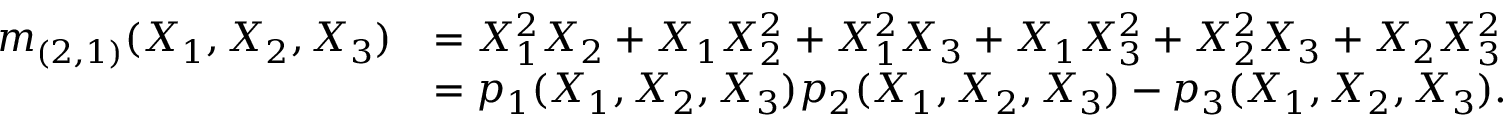
{ \begin{array} { r l } { m _ { ( 2 , 1 ) } ( X _ { 1 } , X _ { 2 } , X _ { 3 } ) } & { = X _ { 1 } ^ { 2 } X _ { 2 } + X _ { 1 } X _ { 2 } ^ { 2 } + X _ { 1 } ^ { 2 } X _ { 3 } + X _ { 1 } X _ { 3 } ^ { 2 } + X _ { 2 } ^ { 2 } X _ { 3 } + X _ { 2 } X _ { 3 } ^ { 2 } } \\ & { = p _ { 1 } ( X _ { 1 } , X _ { 2 } , X _ { 3 } ) p _ { 2 } ( X _ { 1 } , X _ { 2 } , X _ { 3 } ) - p _ { 3 } ( X _ { 1 } , X _ { 2 } , X _ { 3 } ) . } \end{array} }